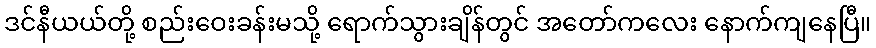
ဒင်နီယယ်တို့ စည်းဝေးခန်းမသို့ ရောက်သွားချိန်တွင် အတော်ကလေး နောက်ကျနေပြီ။